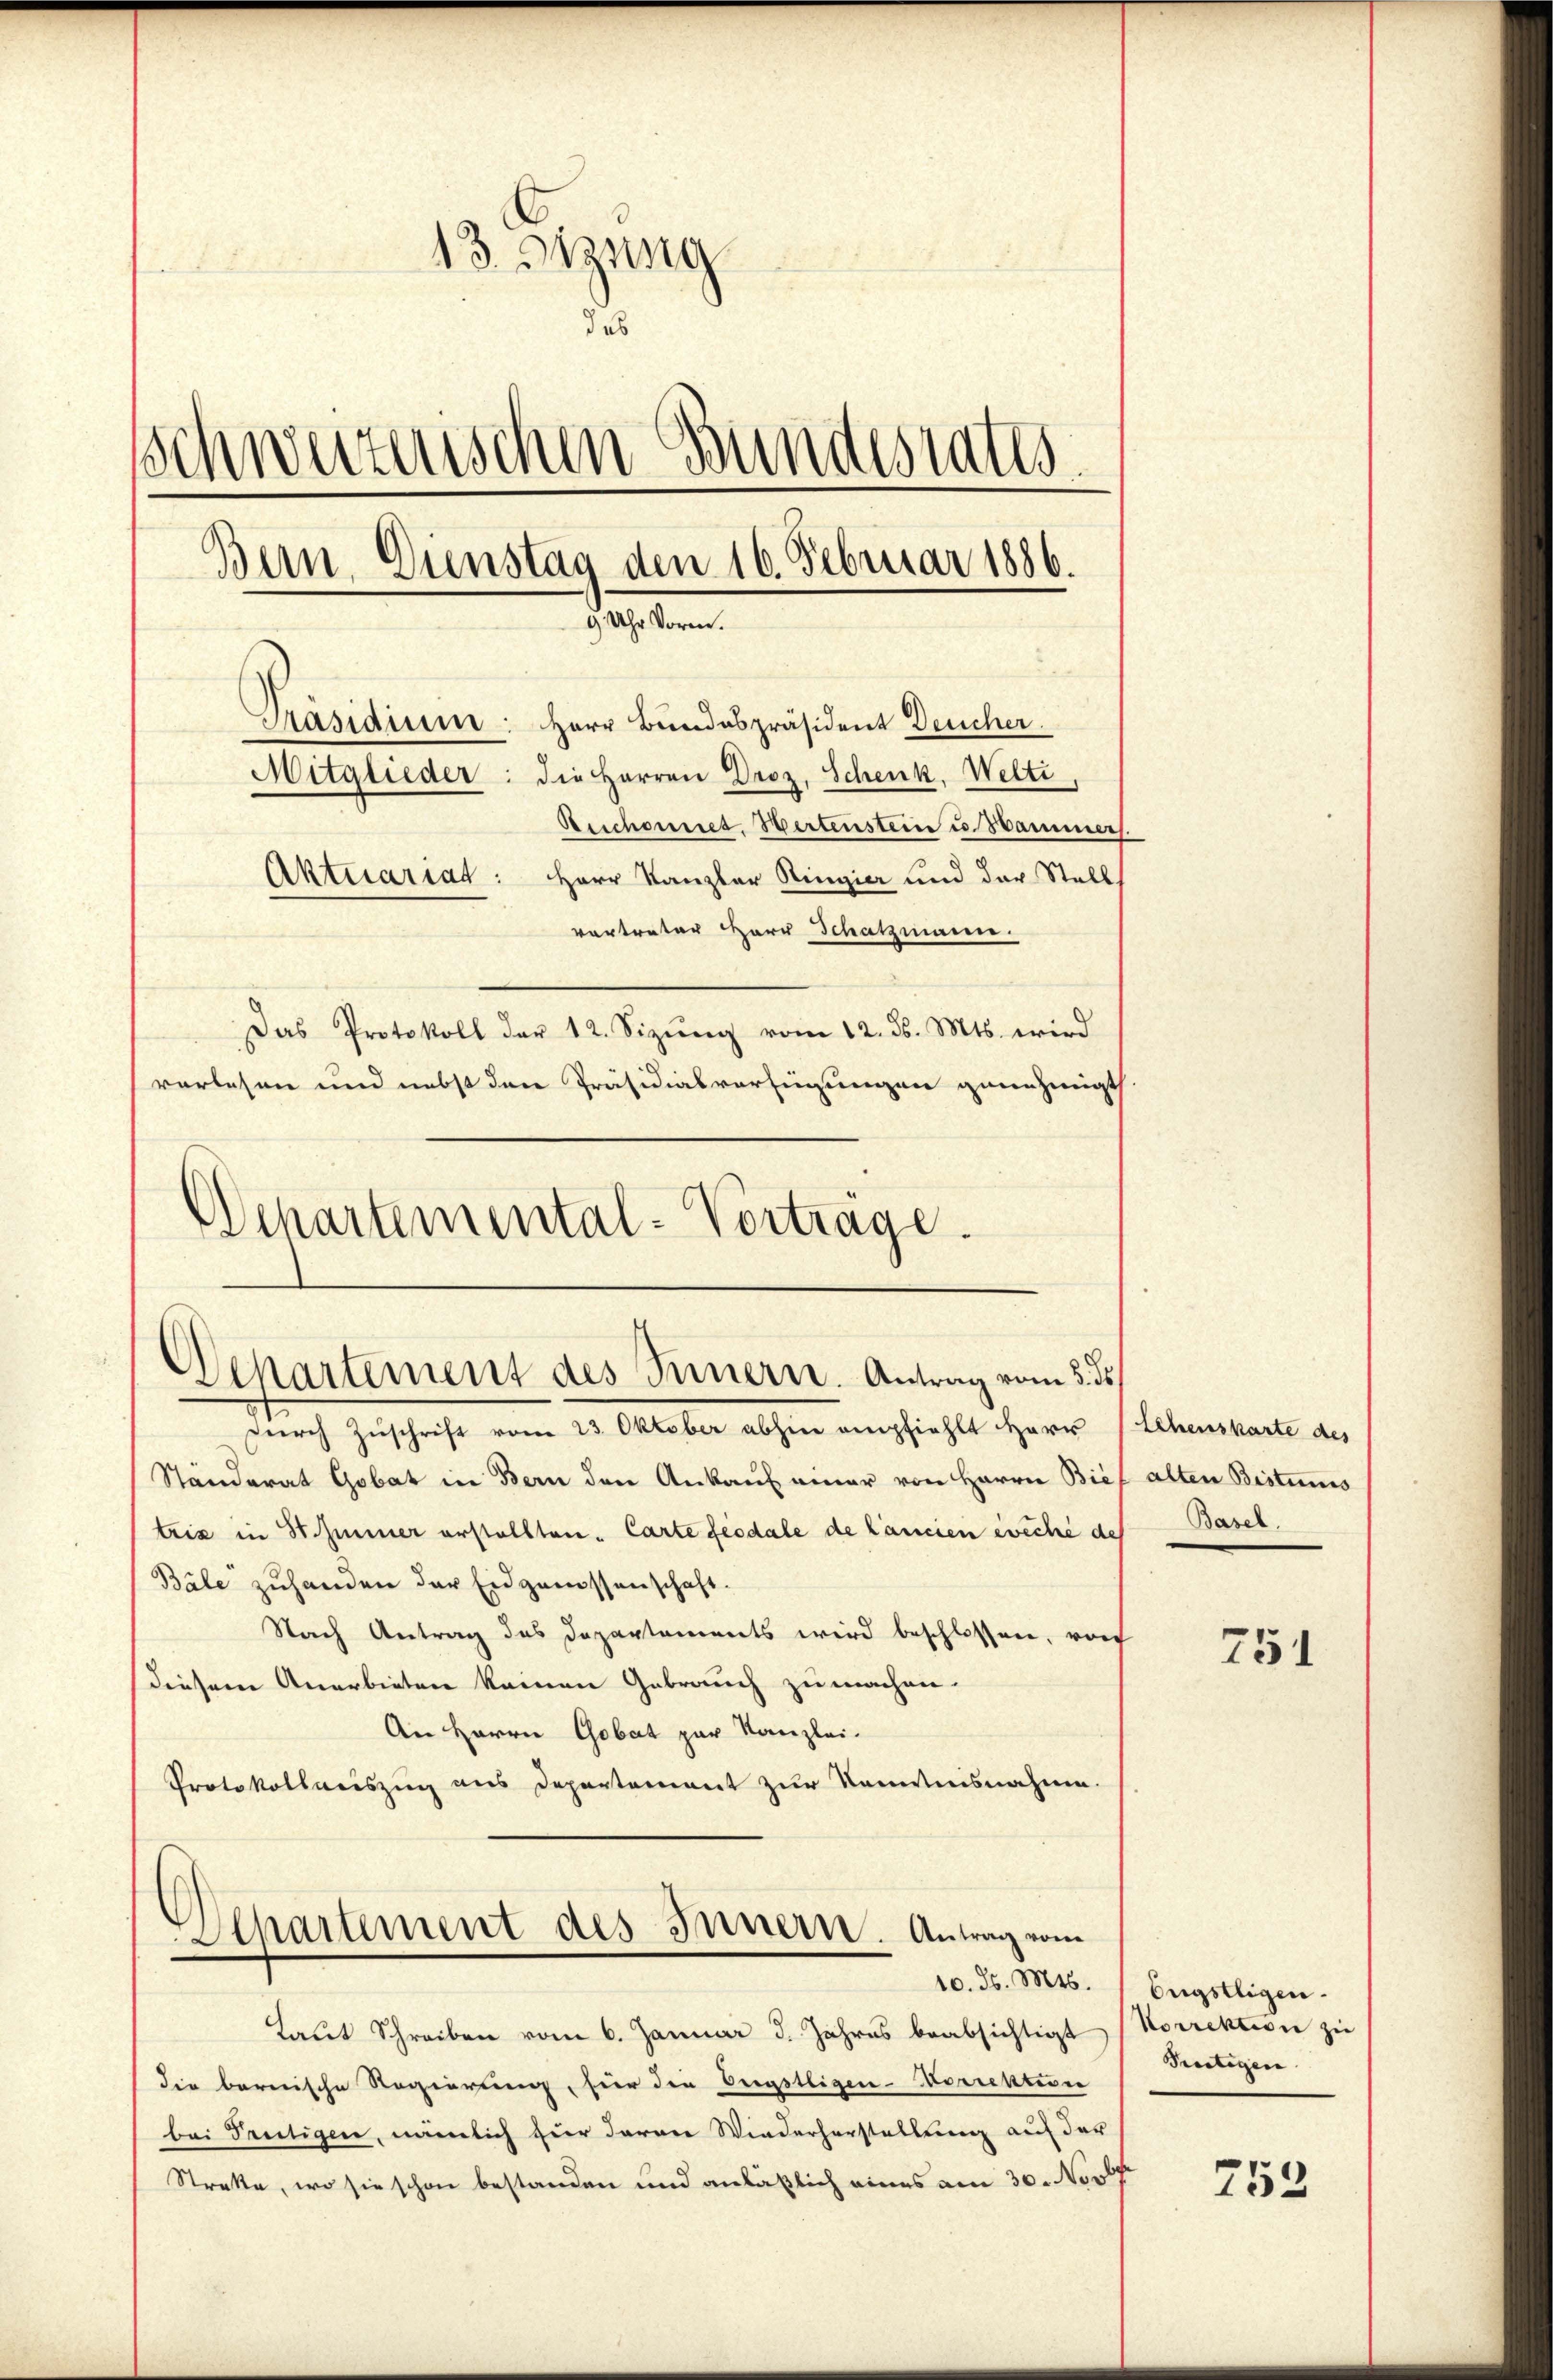
13. Sitzung
des
Schweizerischen Bundesrates
Bern. Dienstag den 16. Februar 1886.
9 Uhr Vorm.
Präsidium
Herr Bundespräsident Deucher.
Mitglieder: die Herren Droz. Schenk, Welti,
Aerchoriret. Wertenstein u. Hammers.
Aktuariat: Herr Kanzler Ringier und der Stell
vertreter Herr Schatzmann.
Das Protokoll der 12. Sizŭng vom 12. ds. Mts. wird
vorlesen und nebst den Präsidialverfügungen genehmigt

Departemental-Vorträge.

Departement des Innern. Antrag vom 3. ds

durch Zuschrift vom 23. Oktober abhin empfiehlt Herr Lehenskarte des
Ständerat Gobat in Bern den Ankauf einer von Herrn Bietris in St. Immer erstellten. Carte feodale de Cancien eveche de
Bäle zuhanden der Eidgenossenschaft.
Nach Antrag des Departements wird beschlossen, von
diesem Anerbieten keinen Gebrauch zu machen.
An Herrn Gobat zur Kanzlei-
Protokollweiszug aus Departement zur Kenntnisnahme.

Achartement des Innern. Antrag vom

Laut Schreiben vom 6. Januar d. Jahres beabsichtigt (Korrektion zu
die bernische Regierung, für die Engstligen-Korrektion
bei Trutigen, nämlich zur daran Wiederherstellung auf der
Streke, wo sie schon bestanden und anläßlich eines am 30. Novb

alten Bistums
Basel.

751

10. d. Mts. Engstigen.
Pertigen

753